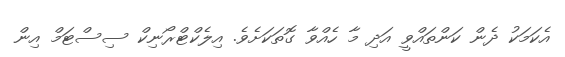
އެކަމަކު ދެން ކަންތައްވީ އަދި މާ ހެއްވާ ގޮތަކަށެވެ. އިލެކްޓްރޯނިކް ސިސްޓަމް އިން